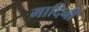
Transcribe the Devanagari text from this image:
मादिनी